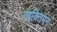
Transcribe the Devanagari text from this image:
व्यक्तिमन